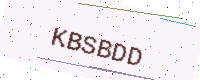
Text: KBSBDD